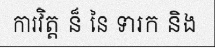
ការវិត្ត ន៏ នៃ ទារក និង